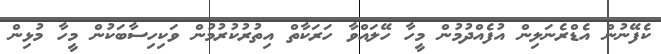
ކެފޭނުން އެޑްރެނަލިން އުފެއްދުމުން މީހާ ހޭލައްވާ ހަރަކާތް އިތުރުކުރުމުން ވަކިހިސާބަކުން މީހާ މުޅިން